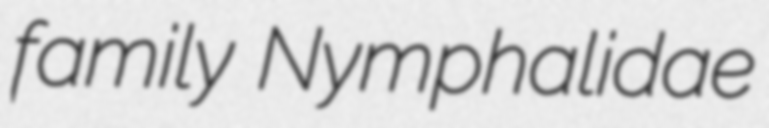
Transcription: family Nymphalidae